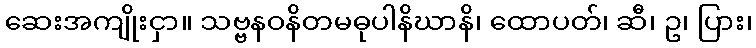
ဆေးအကျိုးငှာ။ သဗ္ဗနဝနိတမဓုပါနိဃာနိ၊ ထောပတ်၊ ဆီ၊ ဥ၊ ပြား၊